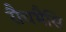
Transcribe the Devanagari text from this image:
रौचभैसि